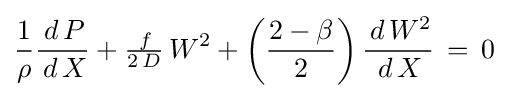
{\frac {1}{\rho }}{\frac {\,d\,P}{\,d\,X}}+{\tfrac {\,f}{2\,D}}\,W^{2}+\left({\frac {2-\beta }{2}}\right){\frac {\,d\,W^{2}}{\,d\,X}}\,=\,0